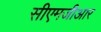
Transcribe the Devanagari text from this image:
सीएमजीआर